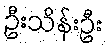
ဦးသိန်းဦး